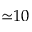
{ \simeq } 1 0